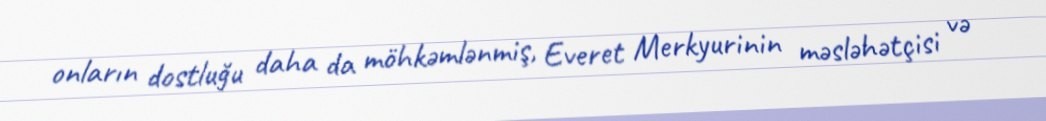
onların dostluğu daha da möhkəmlənmiş, Everet Merkyurinin məsləhətçisi və